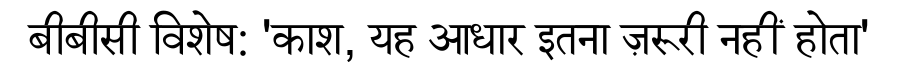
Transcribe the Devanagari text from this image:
बीबीसी विशेष: 'काश, यह आधार इतना ज़रूरी नहीं होता'